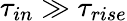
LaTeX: \tau_{in}\gg\tau_{rise}